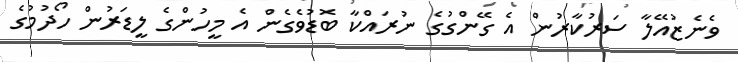
ވެނެޒުއޭލާ ސަރުކާރުން އެ ގޭންގުގެ ނުރައްކާ ބޮޑުވެގެން އެ މީހުންގެ ލީޑަރުން ހޯދުމުގެ